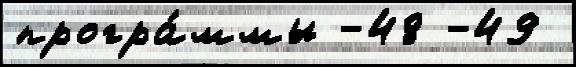
програ́ммы -48 -49